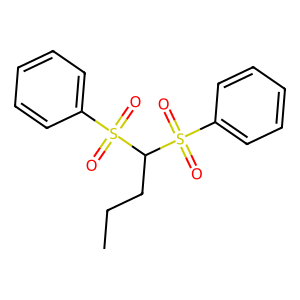
SMILES: CCCC(S(=O)(=O)c1ccccc1)S(=O)(=O)c1ccccc1
Inhibits HIV replication: No